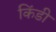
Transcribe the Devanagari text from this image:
किंडी